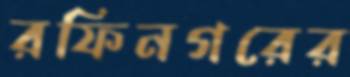
রফিনগরের